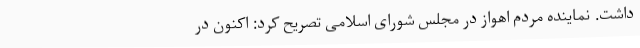
داشت. نماینده مردم اهواز در مجلس شورای اسلامی تصریح کرد: اکنون در